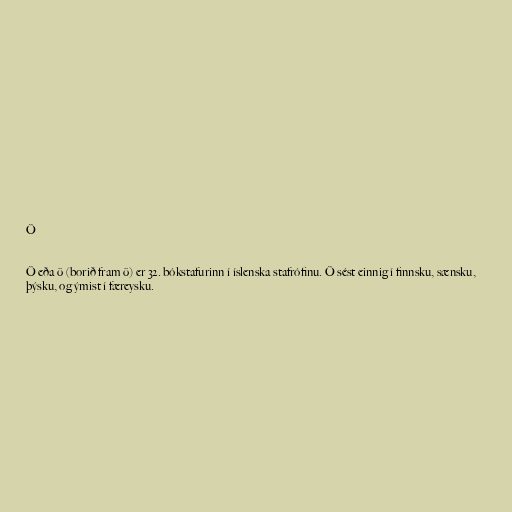
Ö

Ö eða ö (borið fram ö) er 32. bókstafurinn í íslenska stafrófinu. Ö sést einnig í finnsku, sænsku,
þýsku, og ýmist í færeysku.